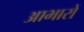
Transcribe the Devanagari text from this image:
आभारों